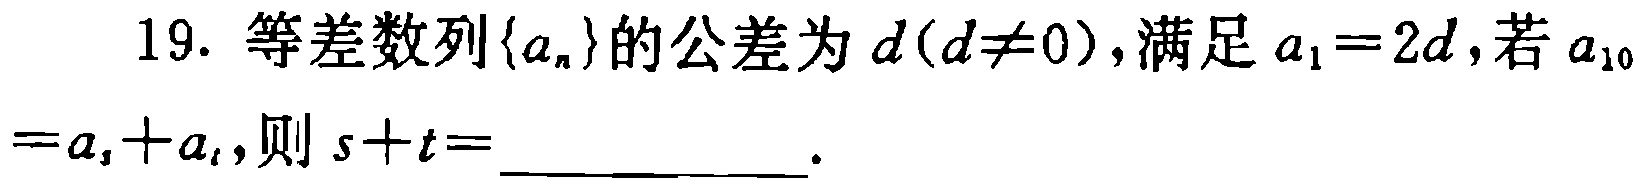
19. 等差数列\(\{a_{n}\}\)的公差为\(d(d\neq0)\)，满足\(a_{1}=2d\)，若\(a_{10}=a_{s}+a_{t}\)，则\(s + t=\)___________.